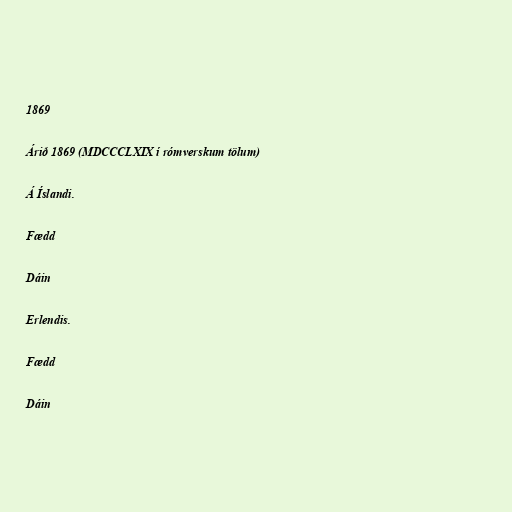
1869

Árið 1869 (MDCCCLXIX í rómverskum tölum)

Á Íslandi.

Fædd

Dáin

Erlendis.

Fædd

Dáin